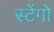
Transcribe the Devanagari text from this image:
स्टेंगो